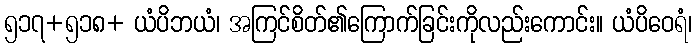
၅၁၇+၅၁၈+ ယံပိဘယံ၊ အကြင်စိတ်၏ကြောက်ခြင်းကိုလည်းကောင်း။ ယံပိဝေရံ၊